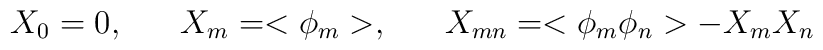
X_{0}=0, \;\;\;\;\;\; X_{m} = <\phi_{m}>, \;\;\;\;\;\; X_{mn} = <\phi_{m}\phi_{n}> - X_{m} X_{n}